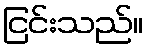
ငြင်းသည်။